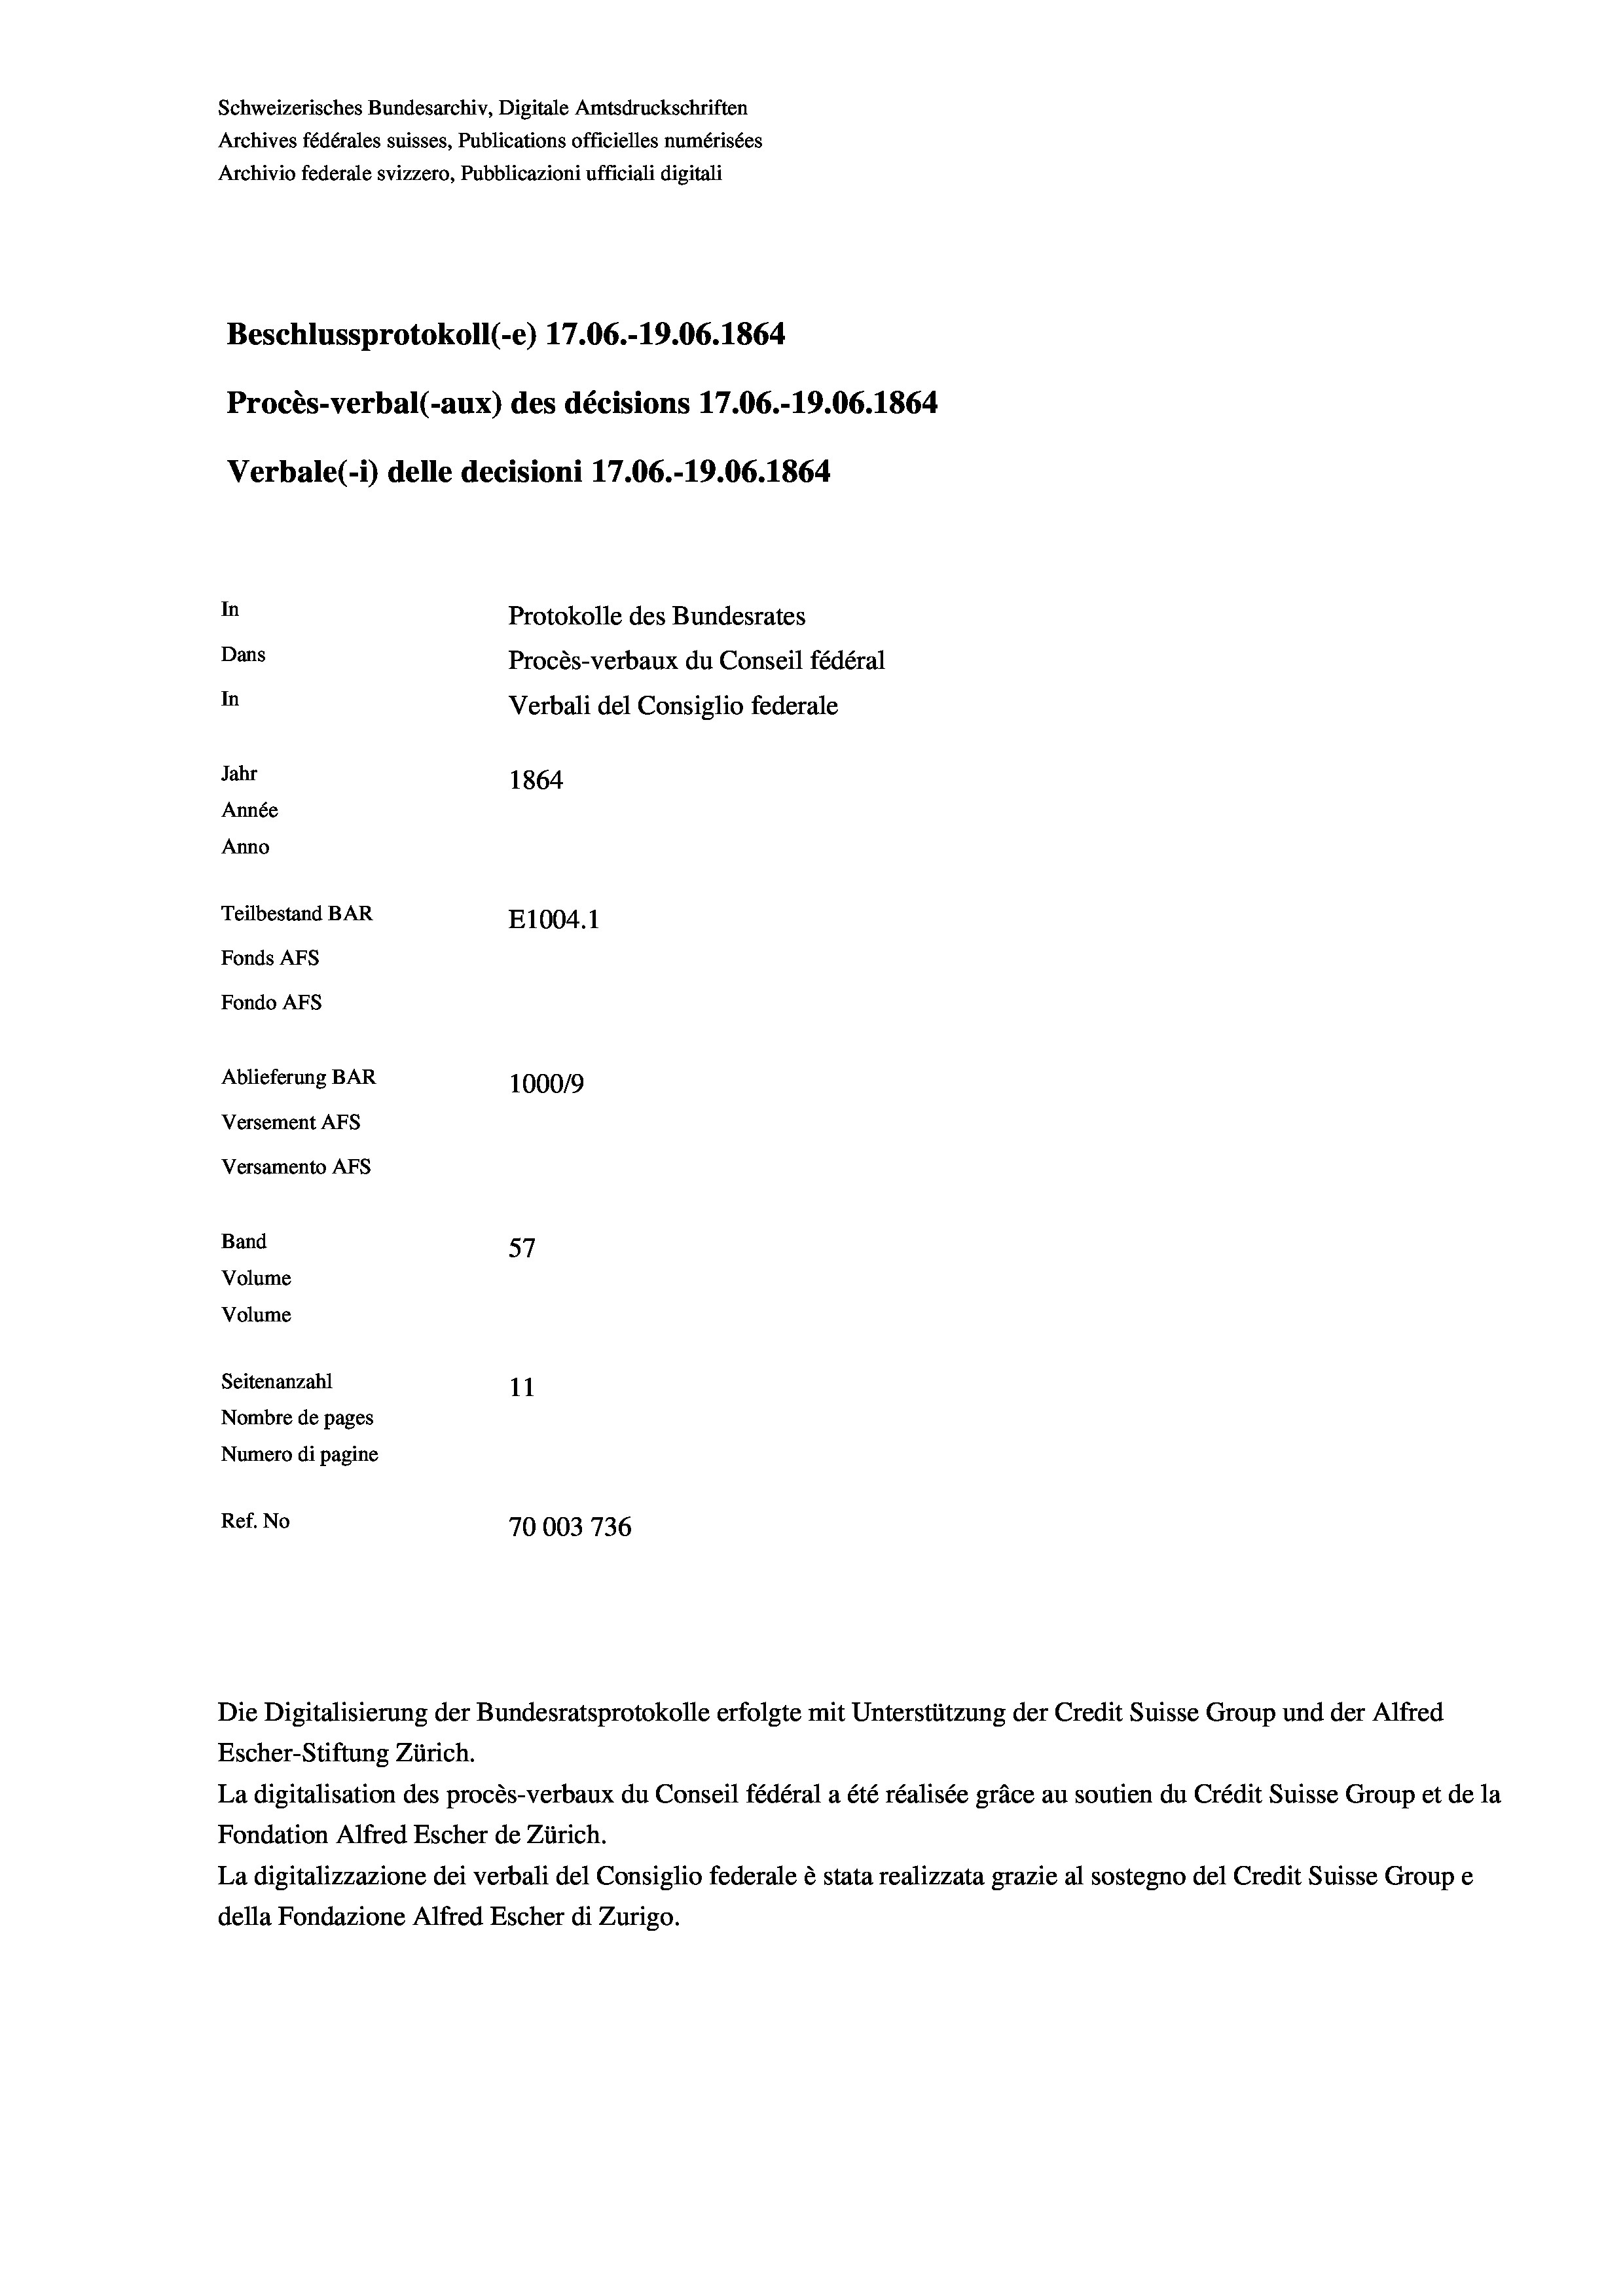
Schweizerisches Bundesarchiv, Digitale Amtsdruckschriften
Archives fédérales suisses, Publications officielles numérisées
Archivio federale svizzero, Pubblicazioni ufficiali digitali
Beschlussprotokoll (-e) 17.06.-19.06. 1864
Procès-verbal (-aux) des décisions 17.06.-19.06. 1864
Verbale (i) delle decisioni 17.06.-19.06. 1864
In
Protokolle des Bundesrates
Dans
Procès-verbaux du Conseil fédéral
In
Verbali del Consiglio federale
Jahr
1864
Année
Anno
Teilbestand BAR
E1004.1
Fonds AFs
Fondo Afs
Ablieferung BAR
100019
Versement AFs
Versamento AFs
f
Band
57
Volume
Volume
Seitenanzahl
11
Nombre de pages
Numero di pagine
Ref. No
70003 736

La digitalisation des procès-verbaux du Conseil fédéral a été réalisée gräce au soutien du Crédit Suisse Group et de la
Fondation Alfred Escher de Zürich.
La digitalizzazione dei verbali del Consiglio federale è stata realizzata grazie al sostegno del Credit Suisse Groupe
della Fondazione Alfred Escher di Zurigo.

Die Digitalisierung der Bundesratsprotokolle erfolgte mit Unterstützung der Credit Suisse Group und der Alfred
Escher-Stiftung Zürich.